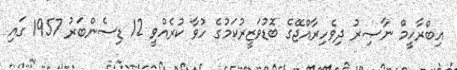
އިބްރާހީމް ނާޞިރު ދިވެހިރާއްޖޭގެ ބޮޑުވަޒީރުކަމުގެ ހުވާ ކުރެއްވީ 12 ޑިސެންބަރު 1957 ގައި